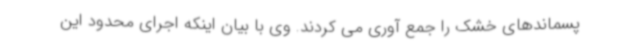
پسماندهای خشک را جمع آوری می کردند. وی با بیان اینکه اجرای محدود این